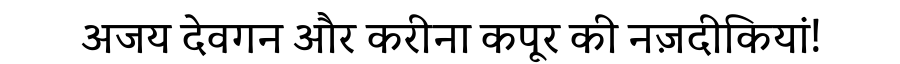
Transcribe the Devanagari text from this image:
अजय देवगन और करीना कपूर की नज़दीकियां!